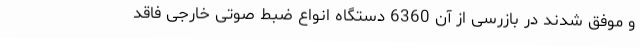
و موفق شدند در بازرسی از آن 6360 دستگاه انواع ضبط صوتی خارجی فاقد